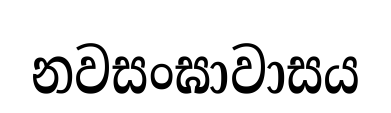
නවසංඝාවාසය